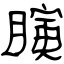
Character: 瞚